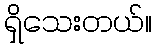
ရှိသေးတယ်။